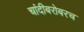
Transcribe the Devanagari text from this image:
चांदीबरोबरच